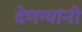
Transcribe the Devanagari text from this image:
देणग्यांनी